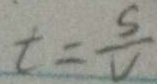
t = \frac { s } { V }